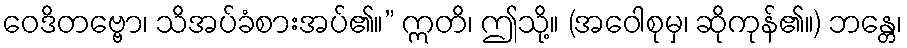
ဝေဒိတဗ္ဗော၊ သိအပ်ခံစားအပ်၏။” ဣတိ၊ ဤသို့။ (အဝေါစုမှ၊ ဆိုကုန်၏။) ဘန္တေ၊